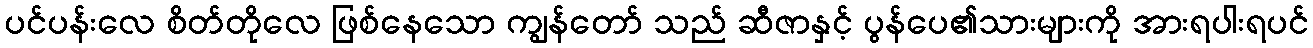
ပင်ပန်းလေ စိတ်တိုလေ ဖြစ်နေသော ကျွန်တော် သည် ဆီဇာနှင့် ပွန်ပေ၏သားများကို အားရပါးရပင်